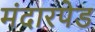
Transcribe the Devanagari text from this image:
मंदारपेड